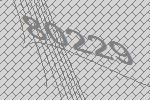
80229